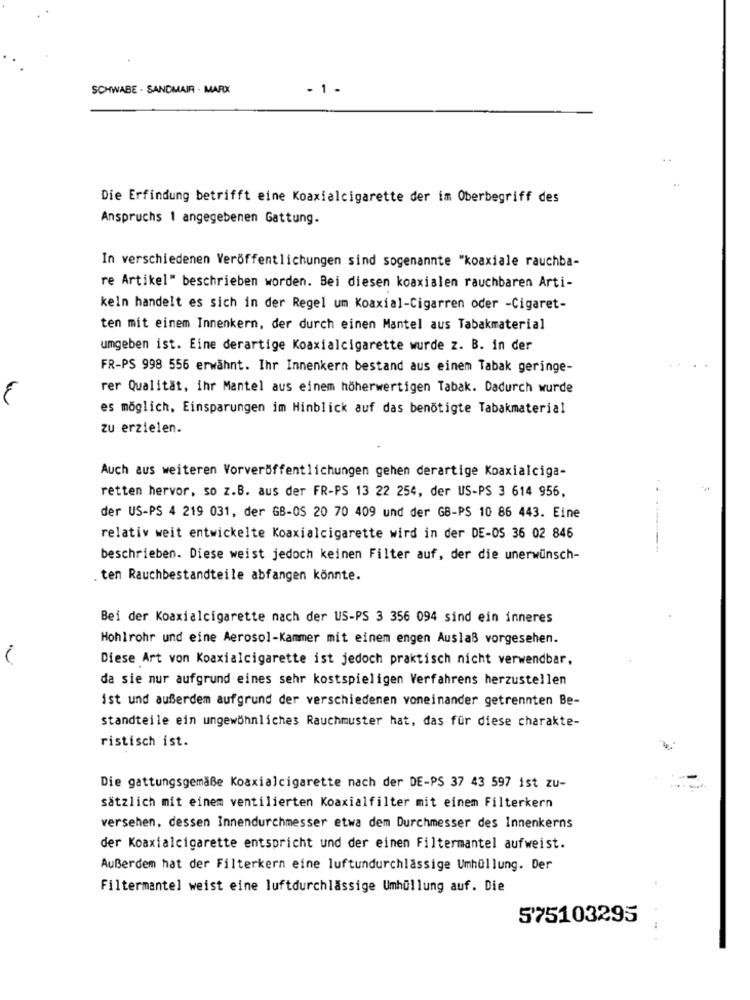
SCHWABE . SANDMAIR . MARX
- 1 -
Die Erfindung betrifft eine Koaxialcigarette der im Oberbegriff des
Anspruchs 1 angegebenen Gattung.
In verschiedenen Veröffentlichungen sind sogenannte "koaxiale rauchba-
re Artikel" beschrieben worden. Bei diesen koaxialen rauchbaren Arti-
keln handelt es sich in der Regel um Koaxial-Cigarren oder -Cigaret-
ten mit einem Innenkern, der durch einen Mantel aus Tabakmaterial
umgeben ist. Eine derartige Koaxialcigarette wurde z. B. in der
FR-PS 998 556 erwähnt. Ihr Innenkern bestand aus einem Tabak geringe-
rer Qualität, ihr Mantel aus einem höherwertigen Tabak. Dadurch wurde
es möglich, Einsparungen im Hinblick auf das benötigte Tabakmaterial
zu erzielen.
Auch aus weiteren Vorveröffentlichungen gehen derartige Koaxialciga-
retten hervor, so z.B. aus der FR-PS 13 22 254, der US-PS 3 614 956,
der US-PS 4 219 031, der GB-OS 20 70 409 und der GB-PS 10 86 443. Eine
relativ weit entwickelte Koaxialcigarette wird in der DE-OS 36 02 846
beschrieben. Diese weist jedoch keinen Filter auf, der die unerwünsch-
. ten Rauchbestandteile abfangen könnte.
Bei der Koaxialcigarette nach der US-PS 3 356 094 sind ein inneres
Hohlrohr und eine Aerosol-Kammer mit einem engen Auslaß vorgesehen.
Diese Art von Koaxialcigarette ist jedoch praktisch nicht verwendbar,
da sie nur aufgrund eines sehr kostspieligen Verfahrens herzustellen
ist und außerdem aufgrund der verschiedenen voneinander getrennten Be-
standteile ein ungewöhnliches Rauchmuster hat, das für diese charakte-
ristisch ist.
Die gattungsgemäße Koaxialcigarette nach der DE-PS 37 43 597 ist zu-
sätzlich mit einem ventilierten Koaxialfilter mit einem Filterkern
versehen, dessen Innendurchmesser etwa dem Durchmesser des Innenkerns
der Koaxialcigarette entspricht und der einen Filtermantel aufweist.
Außerdem hat der Filterkern eine luftundurchlässige Umhüllung. Der
Filtermantel weist eine luftdurchlässige Umhüllung auf. Die
575103295